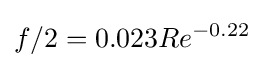
f/2=0.023Re^{-0.22}